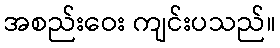
အစည်းဝေး ကျင်းပသည်။